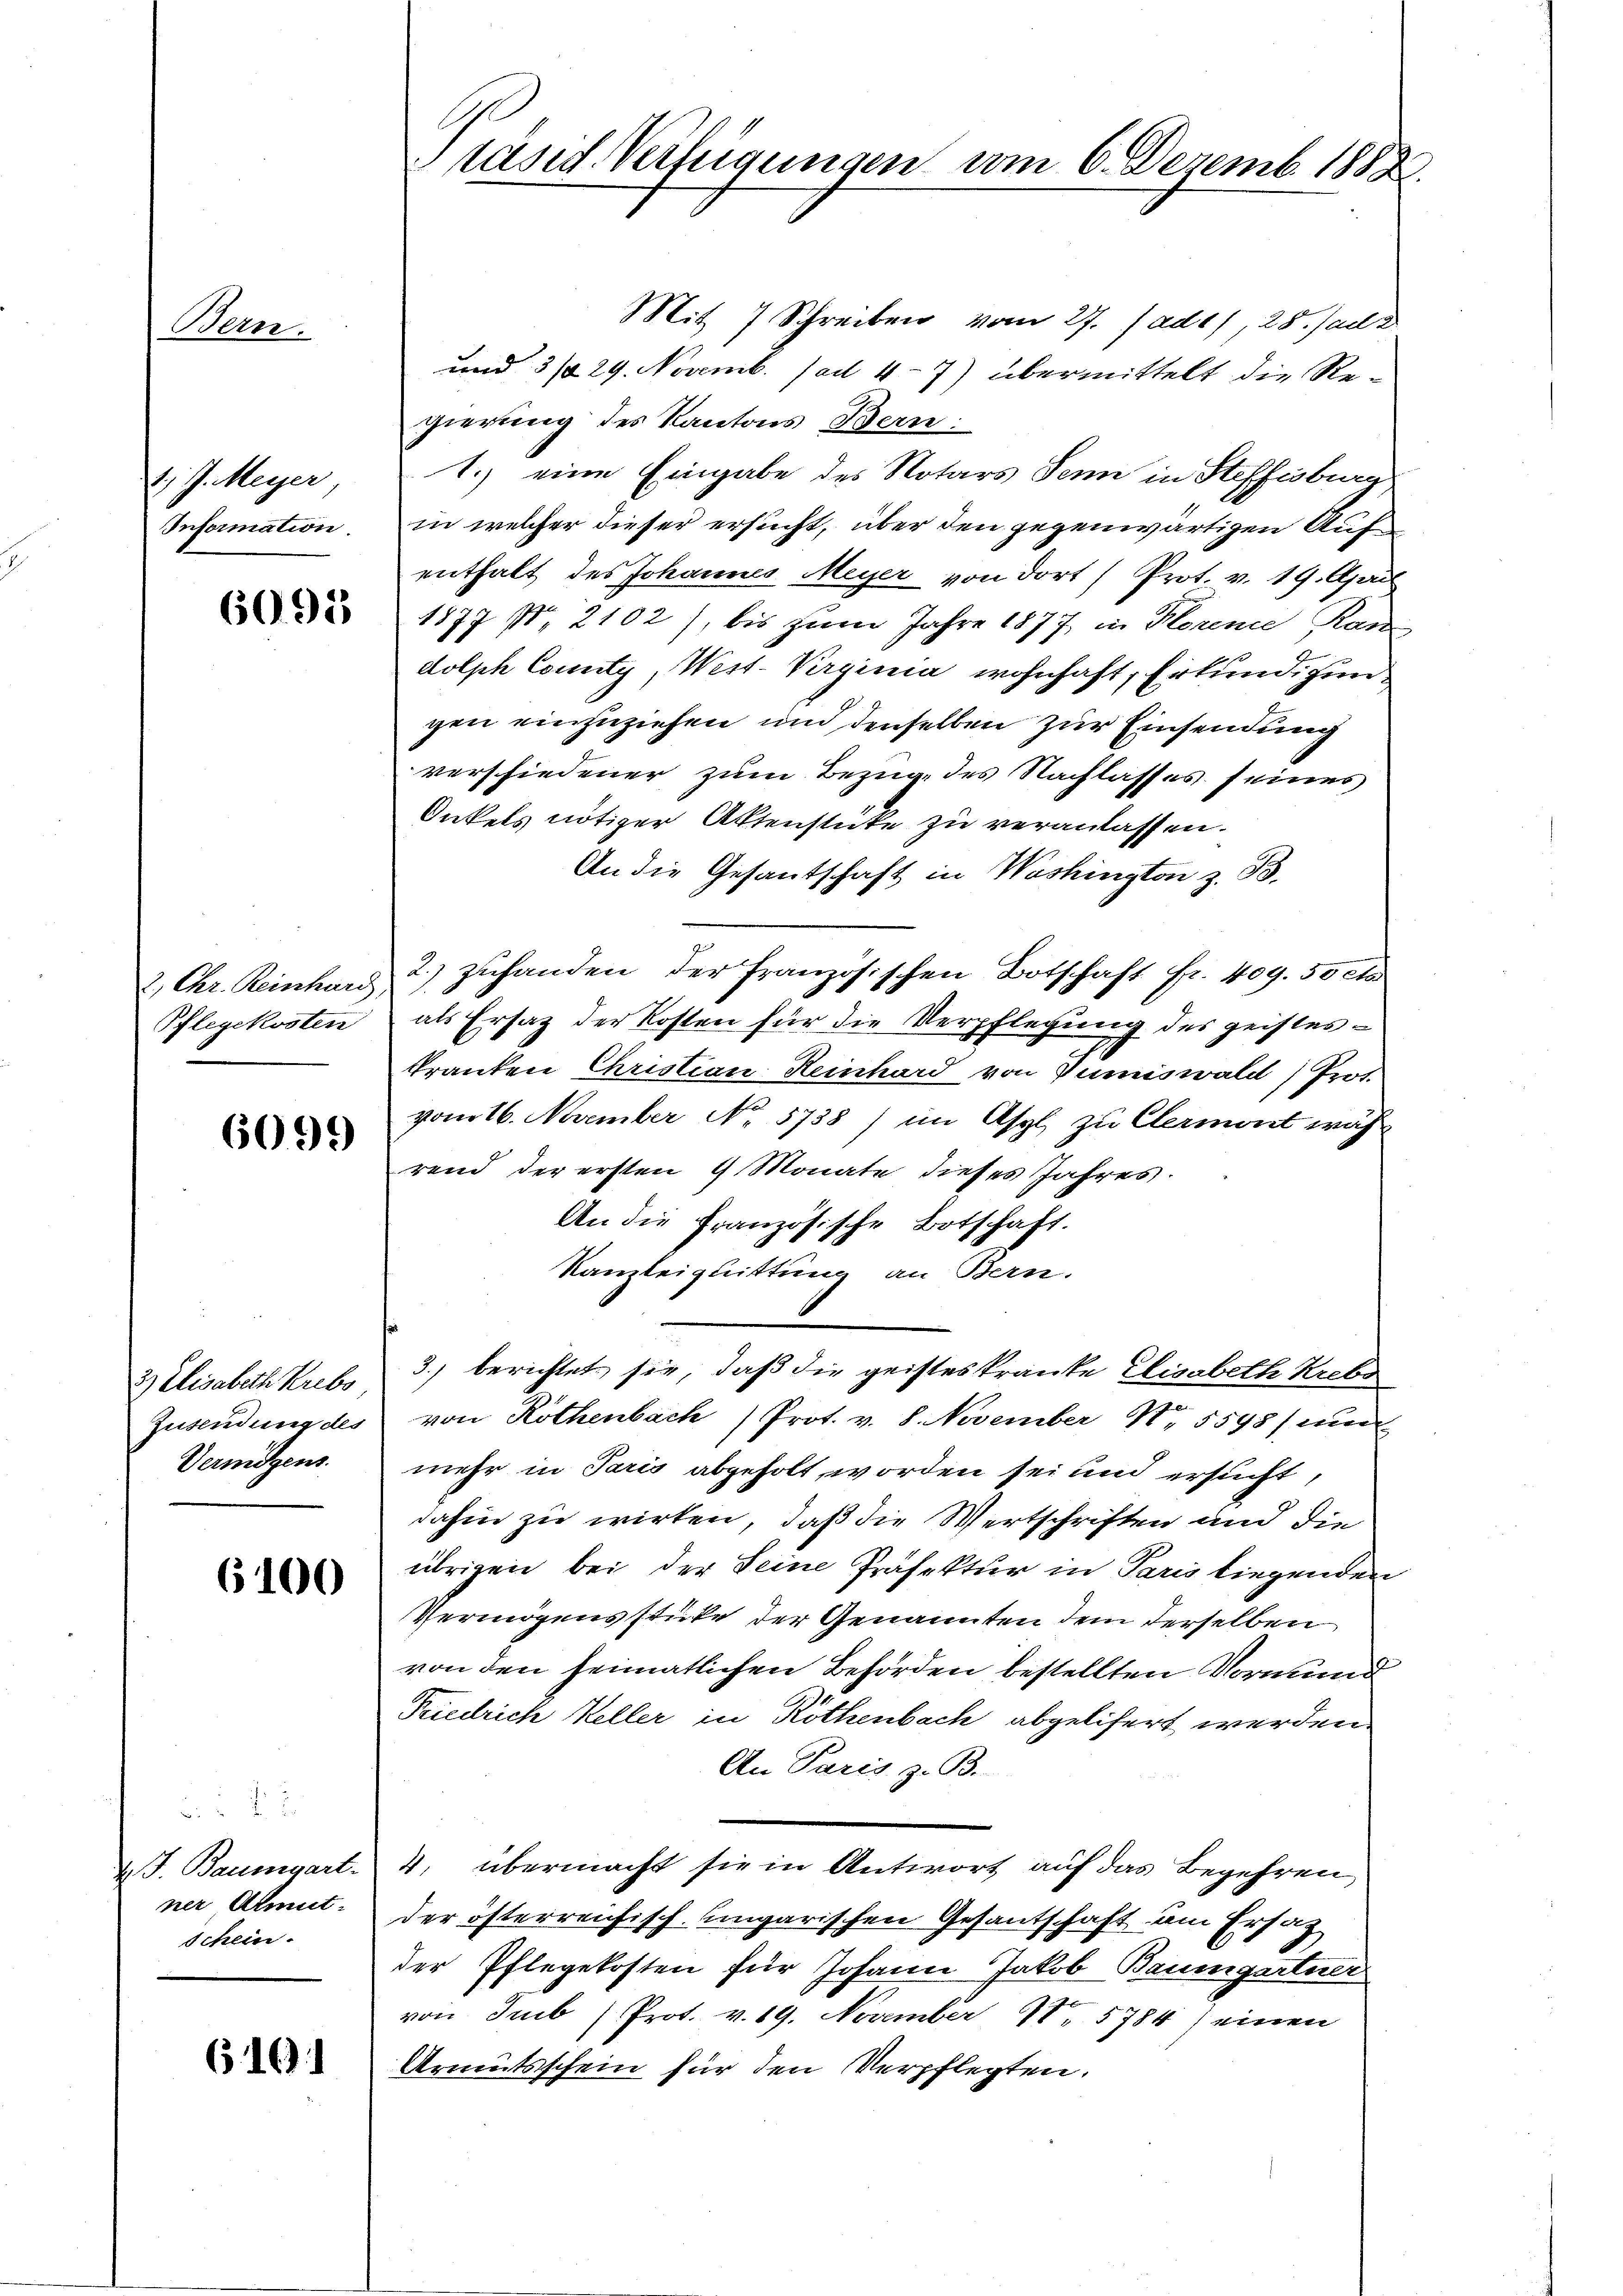
Bern.

2.) J. Meyer,
Information.

6091

2. Chr. Reinhard,
Pflegekosten

6099

3) Elisabeth Krebs
Zusendung des
Vermögens.

6100

7.
d. J. Baumgart
ner Almut.
schein.

610

räsid. Verfügungen am 6. Dezemb. 1888.

Mit 7 Schreiben vom 27. Jade), 25. Jad
und 3/29. Novemb. (ad 47) übermittelt die Regierung des Kantons Bern:
1.) eine Eingabe des Notars Senn in Steffisburg
in welcher dieser ersucht, über den gegenwärtigen Aufenthalt des Johannes Meyer von dort (Prot. v. 19. April
1877 No 2102), bis zum Jahre 1877, in Horene Ran
dolph County, West-Vrginia wohnhaft, Erkundigungen einzuziehen und denselben zur Einsendung
verschiedener zum Bezug, des Nachlasses seines
Onkels nötiger Aktenstücke zu veranlassen.
An die Gesantschaft in Washington z. B.
2.) zuhanden der französischen Botschaft fr. 409. 50 ct
als Ersatz der Kosten für die Verpflegung des geistestranten Christian Reinhard von Dumiswald, Prot.
vom 16. November No. 5738) im Asyl zu Clermont während der ersten 9 Monate dieses Jahres.
An die Französische Botschaft.
Kanzleiguittung an Bern.
3) berichtet sie, daß die geisteskranke Elisabeth Krebs
von Rothenbach Prot. v. 8. November 1. 5598) und
mehr in Paris abgeholt worden sei und ersucht,
dahin zu wirken, daß die Wertschriften und die
übrigen bei der Seine Präfektur in Paris liegenden
Vermögensstüke der Genannten dem derselben
von den heimatlichen Behörden bestellten Vormund
Priedrich Keller in Röthenbach abgelisert werden.
An Paris z. B.
4, übermacht sie in Antwort auf das Begehren,
der österreichisch-ungarischen Gesantschaft um Ersatz
der Pflegekosten für Johann Jakob Baumgartner
von Imb (Prot. v. 19. November 11. 5784) einen
Armutsschein für den Verpflegten.